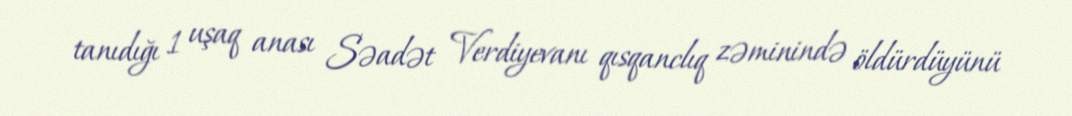
tanıdığı 1 uşaq anası Səadət Verdiyevanı qısqanclıq zəminində öldürdüyünü